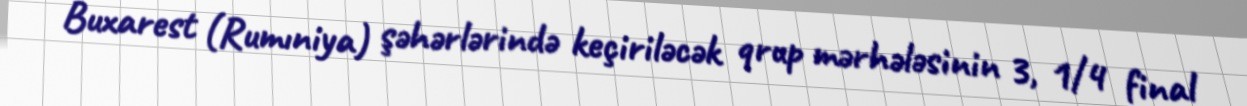
Buxarest (Rumıniya) şəhərlərində keçiriləcək qrup mərhələsinin 3, 1/4 final